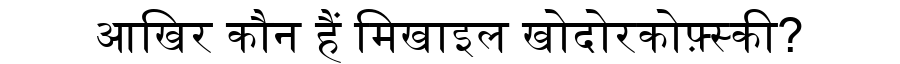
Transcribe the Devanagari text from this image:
आखिर कौन हैं मिखाइल खोदोरकोफ़्स्की?